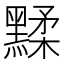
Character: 𪑶